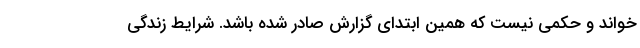
خواند و حکمی نیست که همین ابتدای گزارش صادر شده باشد. شرایط زندگی